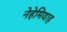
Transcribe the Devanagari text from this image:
नेहेमियाह